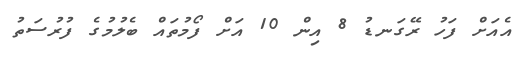
އެއަށް ފަހު ރޭގަނޑު 8 އިން 10 އަށް ފޯމުތައް ބެލުމުގެ ފުރުސަތު